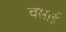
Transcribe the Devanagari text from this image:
वसाई